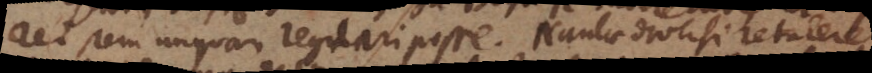
ret rem unquam regulari posse. Nautae diversi retulere